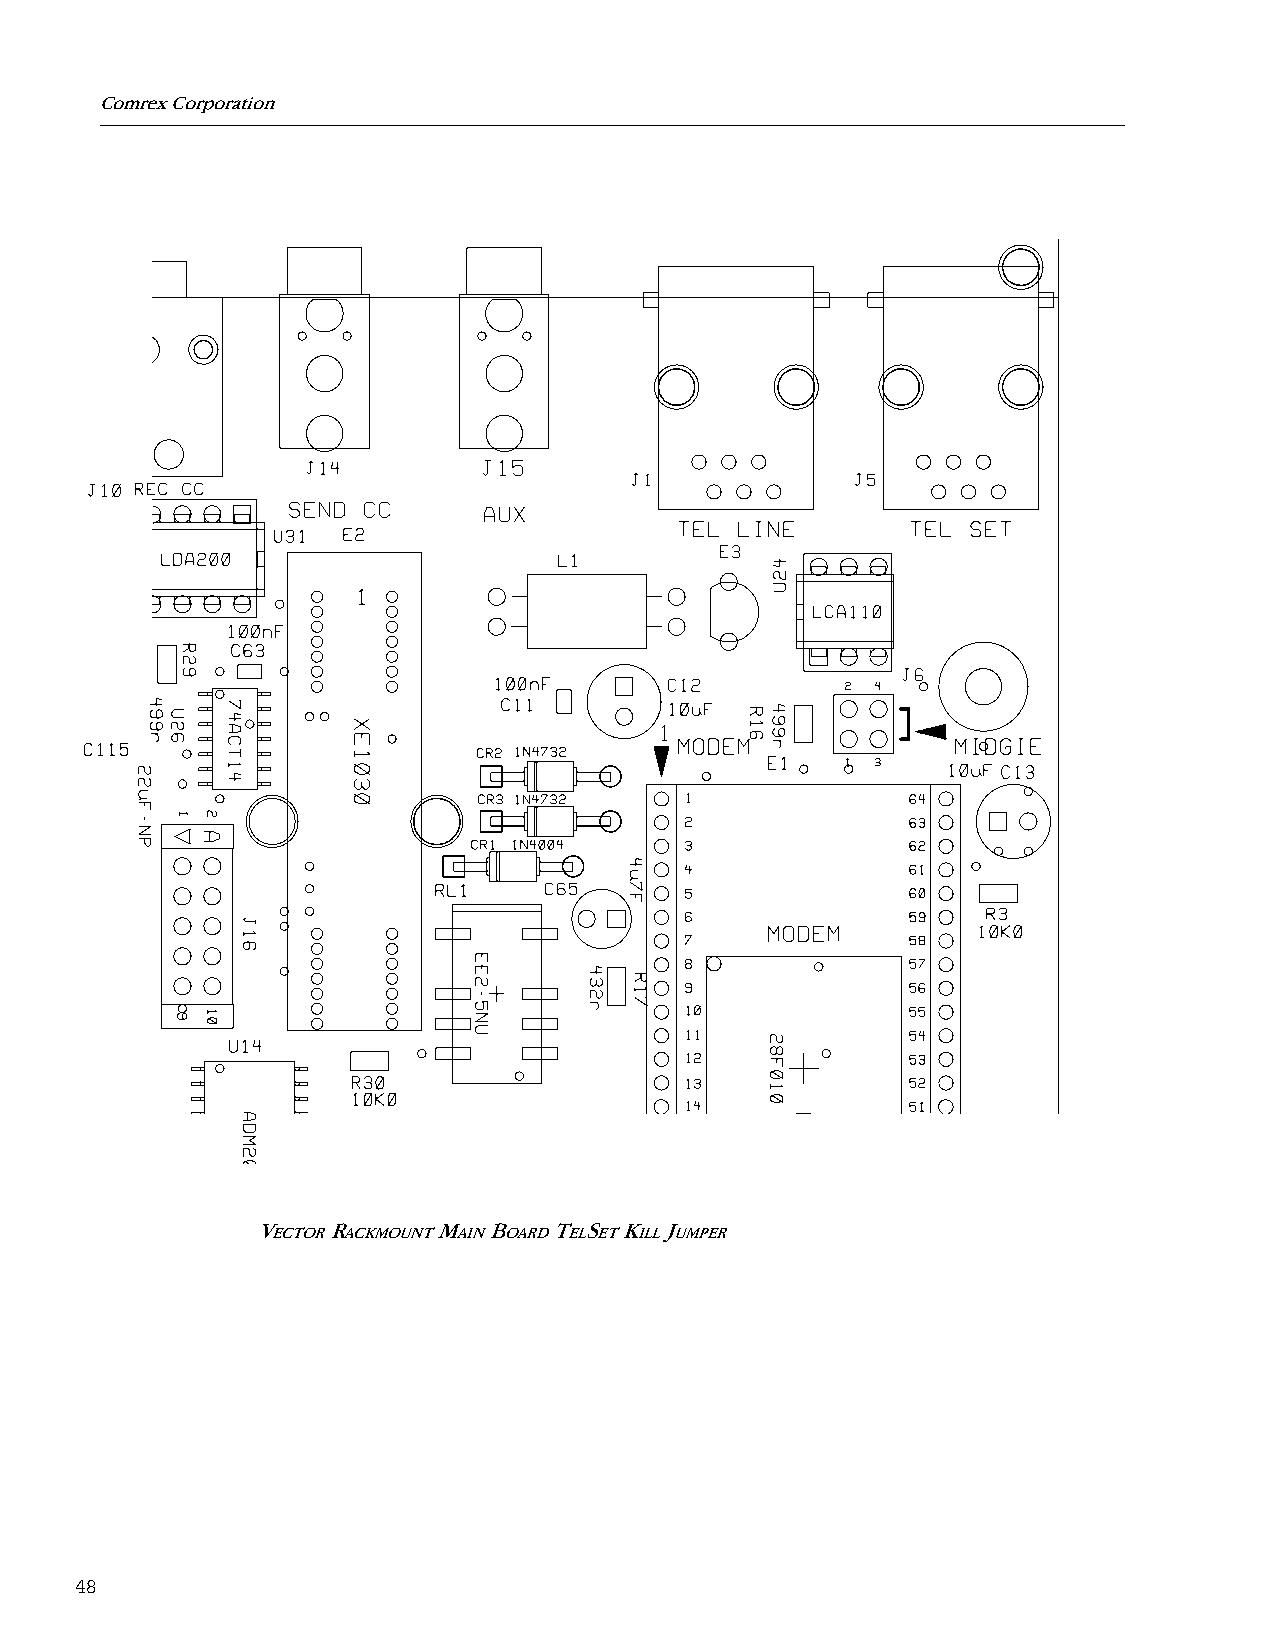
Comrex Corporation
 V    R      M  B    T S K  J
 ECTOR ACKMOUNT AIN OARD EL ET ILL UMPER
 48